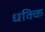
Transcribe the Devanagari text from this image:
धक्कि